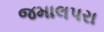
જમાલપરા